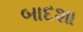
બાદશા